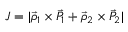
J = | \vec { \rho } _ { 1 } \times \vec { P } _ { 1 } + \vec { \rho } _ { 2 } \times \vec { P } _ { 2 } |